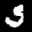
Label: 5